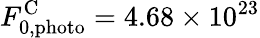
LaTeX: F_{\mathrm{0,photo}}^{\mathrm{C}}=4.68\times 10^{23}